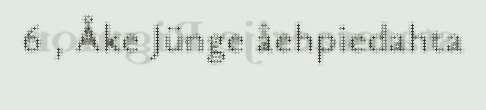
6 , Åke Jünge åehpiedahta